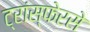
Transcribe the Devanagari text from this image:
ट्रांस्फेरसे